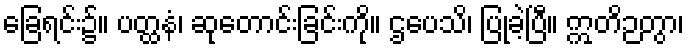
ခြေရင်း၌။ ပတ္ထနံ၊ ဆုတောင်းခြင်းကို။ ဌပေသိ၊ ပြုခဲ့ပြီ။ ဣတိဉတွာ၊